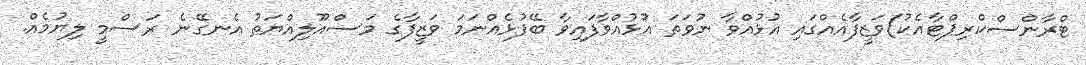
ޓްރާންސްކްރިޕްޓާއެކު)ވަޒީފާއެއްގައި އުޅުއްވާ ނުވަތަ އުޅުއްވާފައިވާ ބޭފުޅެއްނަމަ ވަޒީފާގެ މަސްއޫލިއްޔަތު އެނގޭނެ ރަސްމީ ލިޔުމެއް.